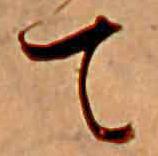
て